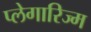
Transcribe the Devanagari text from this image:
प्लेगारिज्म